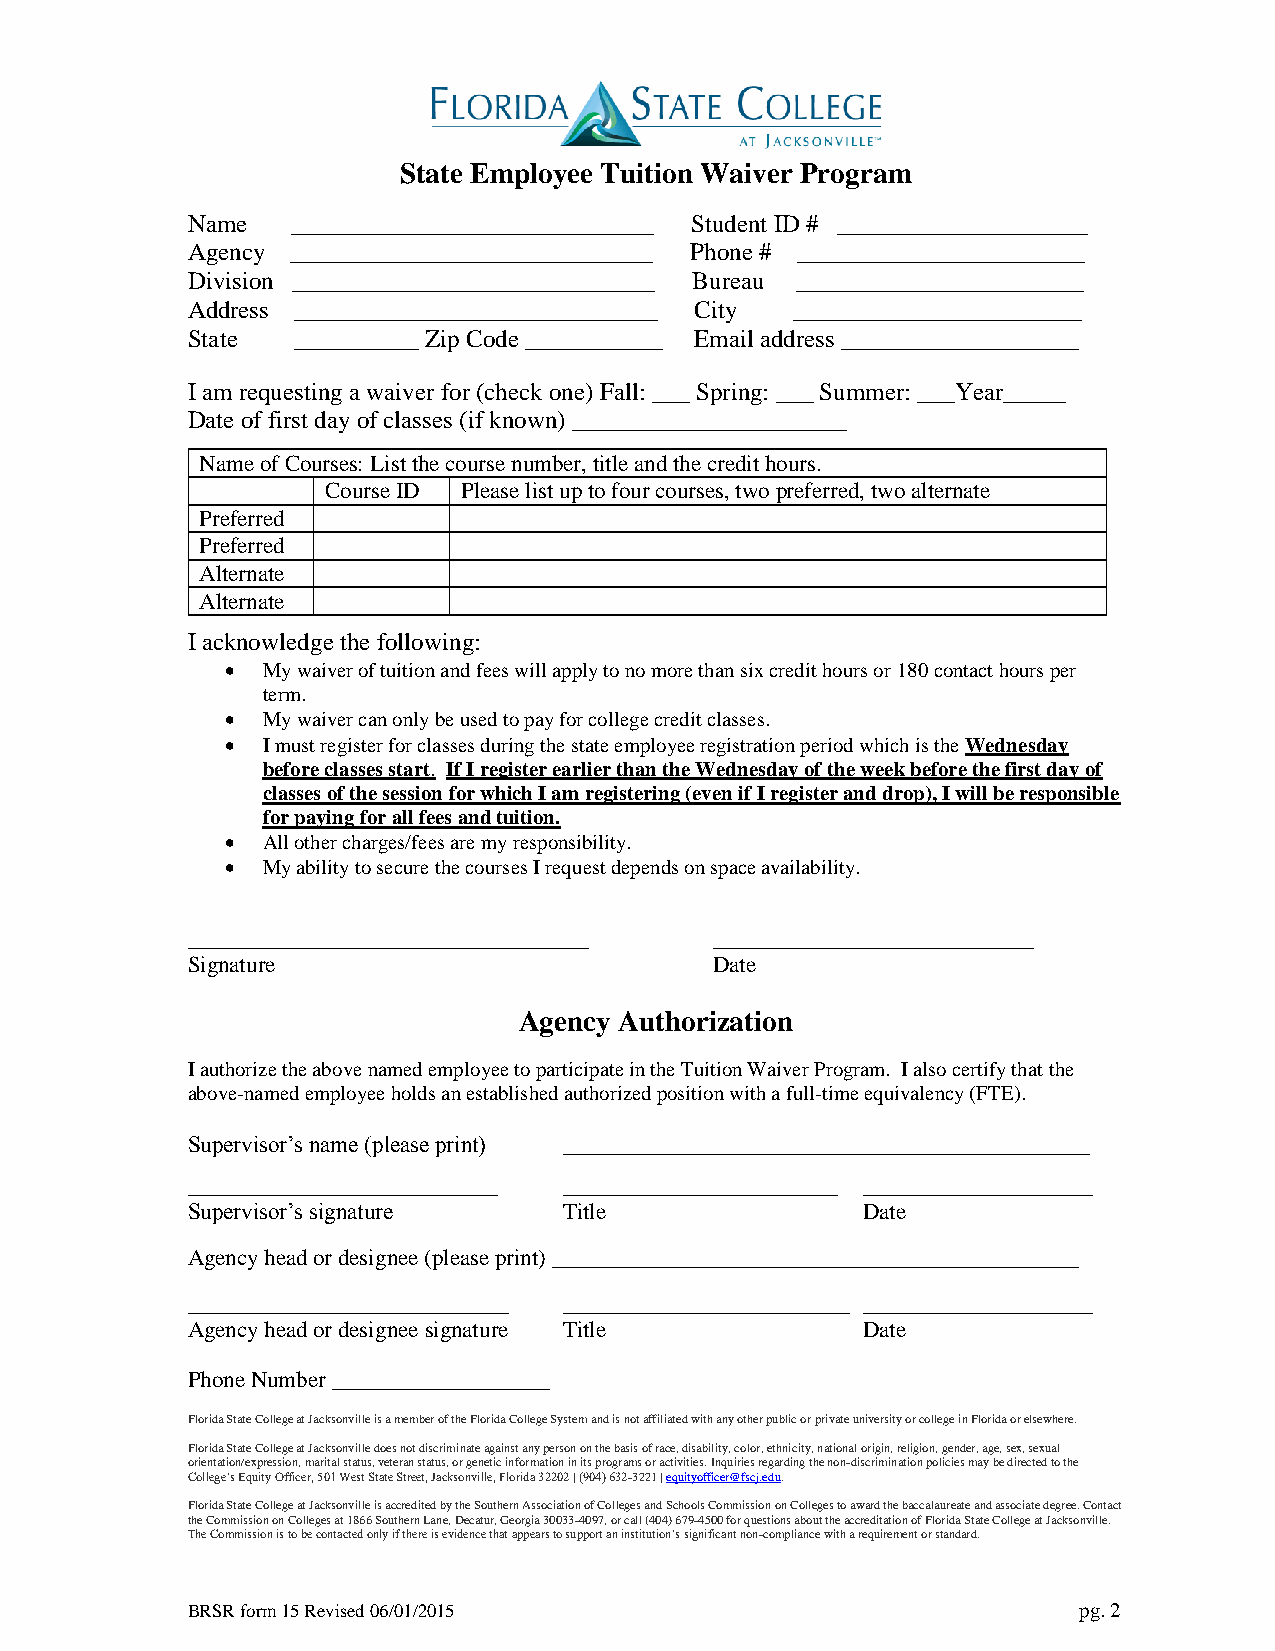
State Employee Tuition Waiver Program
 Name   _____________________________ Student ID # ____________________
 Agency _____________________________ Phone # _______________________
 Division _____________________________ Bureau _______________________
 Address _____________________________ City _______________________
 State  __________ Zip Code ___________ Email address ___________________
 I am requesting a waiver for (check one) Fall: ___ Spring: ___ Summer: ___Year_____
 Date of first day of classes (if known) ______________________
 Name of Courses: List the course number, title and the credit hours.
 Course ID Please list up to four courses, two preferred, two alternate
 Preferred
 Preferred
 Alternate
 Alternate
 I acknowledge the following:
  My waiver of tuition and fees will apply to no more than six credit hours or 180 contact hours per
 term.
  My waiver can only be used to pay for college credit classes.
  I must register for classes during the state employee registration period which is the Wednesday
 before classes start. If I register earlier than the Wednesday of the week before the first day of
 classes of the session for which I am registering (even if I register and drop), I will be responsible
 for paying for all fees and tuition.
  All other charges/fees are my responsibility.
  My ability to secure the courses I request depends on space availability.
 ___________________________________ ____________________________
 Signature                          Date
 Agency Authorization
 I authorize the above named employee to participate in the Tuition Waiver Program. I also certify that the
 above-named employee holds an established authorized position with a full-time equivalency (FTE).
 Supervisor’s name (please print) ______________________________________________
 ___________________________ ________________________ ____________________
 Supervisor’s signature   Title               Date
 Agency head or designee (please print) ______________________________________________
 ____________________________ _________________________ ____________________
 Agency head or designee signature Title      Date
 Phone Number ___________________
 Florida State College at Jacksonville is a member of the Florida College System and is not affiliated with any other public or private university or college in Florida or elsewhere.
 Florida State College at Jacksonville does not discriminate against any person on the basis of race, disability, color, ethnicity, national origin, religion, gender, age, sex, sexual
 orientation/expression, marital status, veteran status, or genetic information in its programs or activities. Inquiries regarding the non-discrimination policies may be directed to the
 College’s Equity Officer, 501 West State Street, Jacksonville, Florida 32202 | (904) 632-3221 | equityofficer@fscj.edu.
 Florida State College at Jacksonville is accredited by the Southern Association of Colleges and Schools Commission on Colleges to award the baccalaureate and associate degree. Contact
 the Commission on Colleges at 1866 Southern Lane, Decatur, Georgia 30033-4097, or call (404) 679-4500 for questions about the accreditation of Florida State College at Jacksonville.
 The Commission is to be contacted only if there is evidence that appears to support an institution’s significant non-compliance with a requirement or standard.
 BRSR form 15 Revised 06/01/2015                            pg. 2